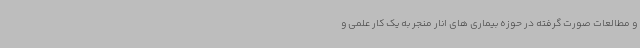
و مطالعات صورت گرفته در حوزه بیماری های انار منجر به یک کار علمی و